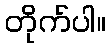
တိုက်ပါ။